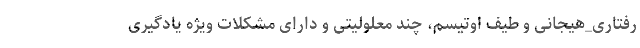
رفتاری_هیجانی و طیف اوتیسم، چند معلولیتی و دارای مشکلات ویژه یادگیری